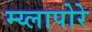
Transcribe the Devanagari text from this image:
म्य्लापोरे